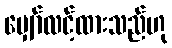
မျှော်လင့်ထားသည်ဟု